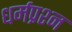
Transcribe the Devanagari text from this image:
धर्मप्रश्न